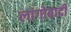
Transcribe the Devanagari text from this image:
लांगोबार्दी